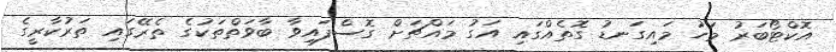
އޮކްޓޯބަރު މަހު މައިގަނޑު ގޮތެއްގައި އަގު މައްޗަށް ގޮސްފައިވާ ބާވަތްތަކުގެ ތެރޭގައި ތަރުކާރީގެ